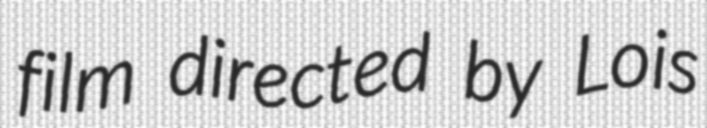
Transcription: film directed by Lois